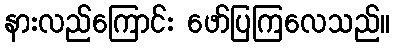
နားလည်ကြောင်း ဖော်ပြကြလေသည်။